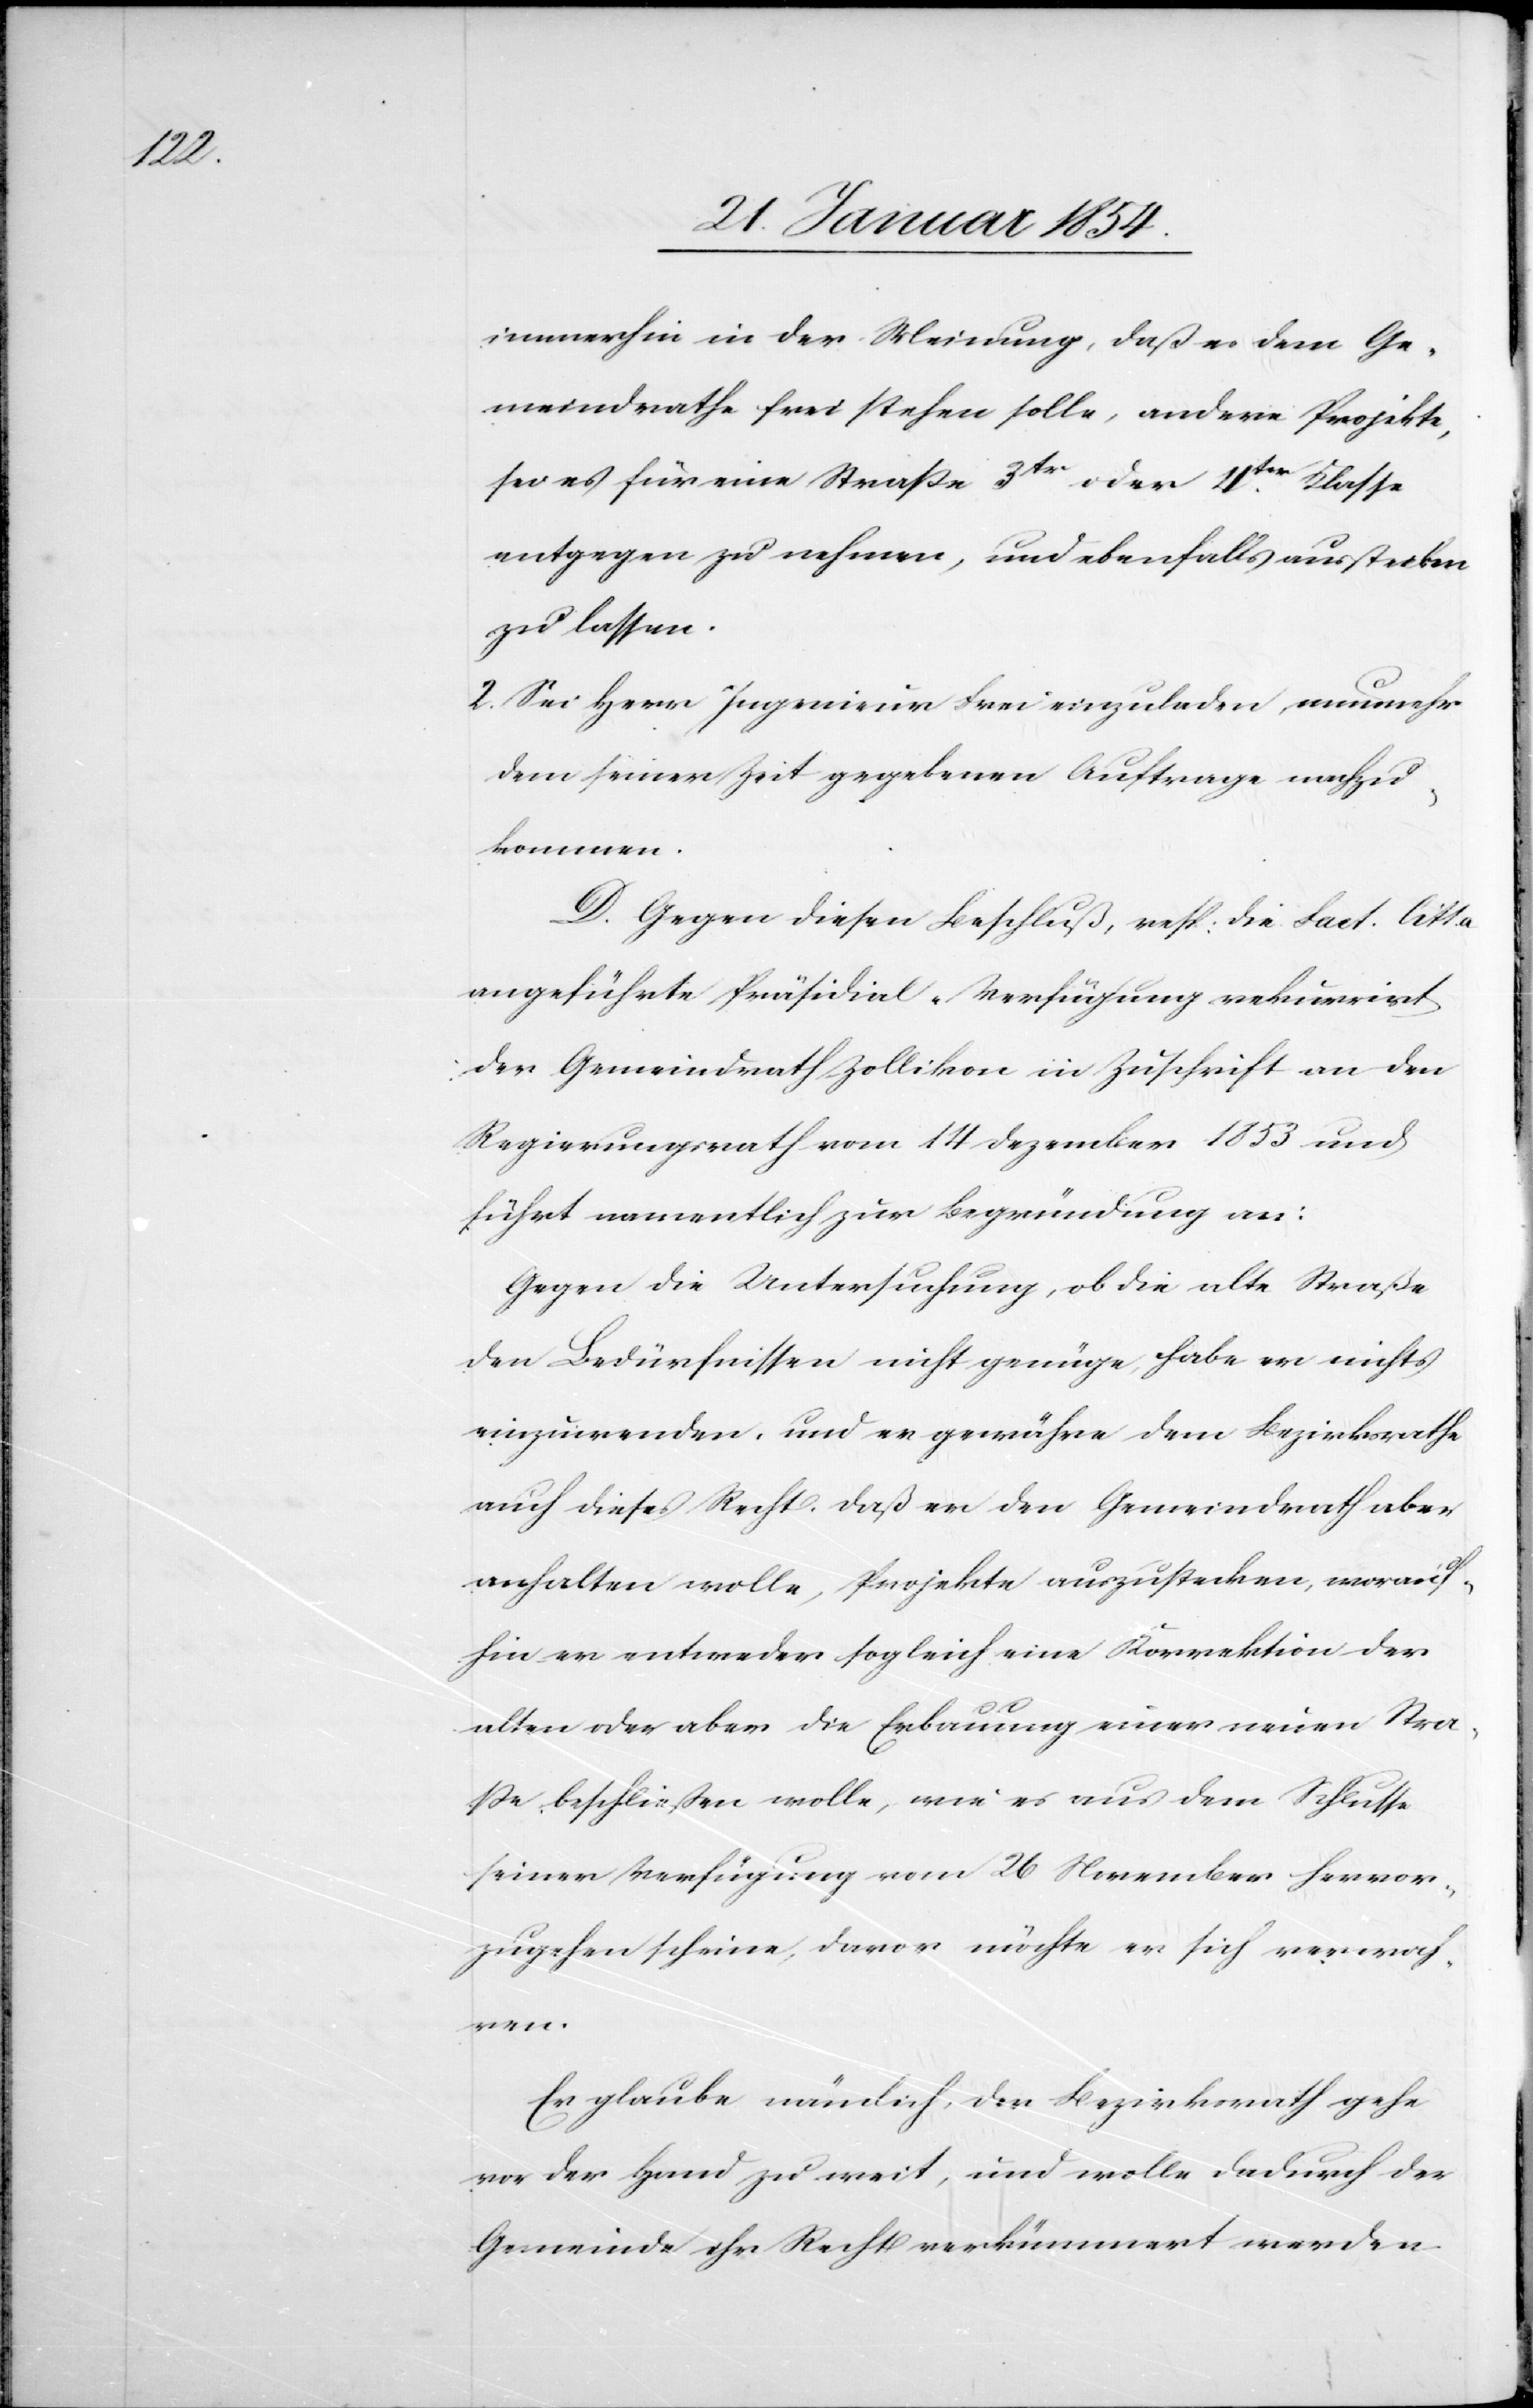
immerhin in der Meinung, daß es dem Ge¬
meindrathe frei stehen solle, andere Projekte,
sei es für eine Straße
3tr oder 4ter Klasse
entgegen zu nehmen, und ebenfalls ausstecken
zu lassen.
2. Sei Herr Ingenieur Frei einzuladen, nunmehr
dem seiner Zeit gegebenen Auftrage nachzu¬
kommen.
D. Gegen diesen Beschluß, resp. die Fact. Citt.
angeführte Präsidial-Verfügung rekurrirt
der Gemeindrath Zollikon in Zuschrift an den
Regierungsrath vom 14 Dezember 1853 und
führt namentlich zur Begründung an:
Gegen die Untersuchung, ob die alte Straße
den Bedürfnissen nicht genüge, habe er nichts
einzuwenden, und er gewähre dem Bezirksrathe
auch dieses Recht, daß er den Gemeindrath aber
anhalten wolle, Projekte auszustecken, worauf¬
hin er entweder sogleich eine Korrektion der
alten oder aber die Erbauung einer neuen Strec¬
ke beschließen wolle, wie es aus dem Schlusse
seiner Verfügung vom 26 November hervor¬
zugehen scheine, davor möchte er sich verwah¬
ren.
Er glaube nämlich, der Bezirksrath gehe
vor der Hand zu weit, und wolle dadurch der
Gemeinde ihr Recht verkümmert werden.